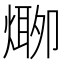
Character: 𱫾